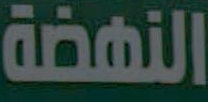
النهضة